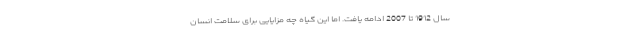
سال 1912 تا 2007 ادامه یافت. اما این گیاه چه مزایایی برای سلامت انسان